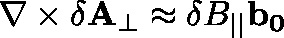
\nabla \times \mathbf { \delta A _ { \perp } } \approx \delta B _ { | | } \mathbf { b _ { 0 } }